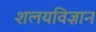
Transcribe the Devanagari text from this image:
शलयविज्ञान